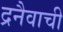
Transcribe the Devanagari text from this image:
द्रनैवाची